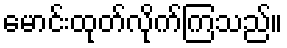
မောင်းထုတ်လိုက်ကြသည်။